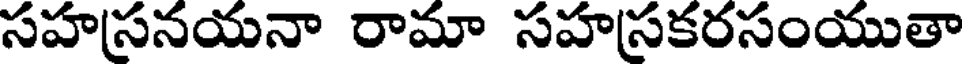
సహసనయనా రామా సహసకరసంయుతా